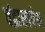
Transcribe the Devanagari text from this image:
चंद्रासापेक्ष